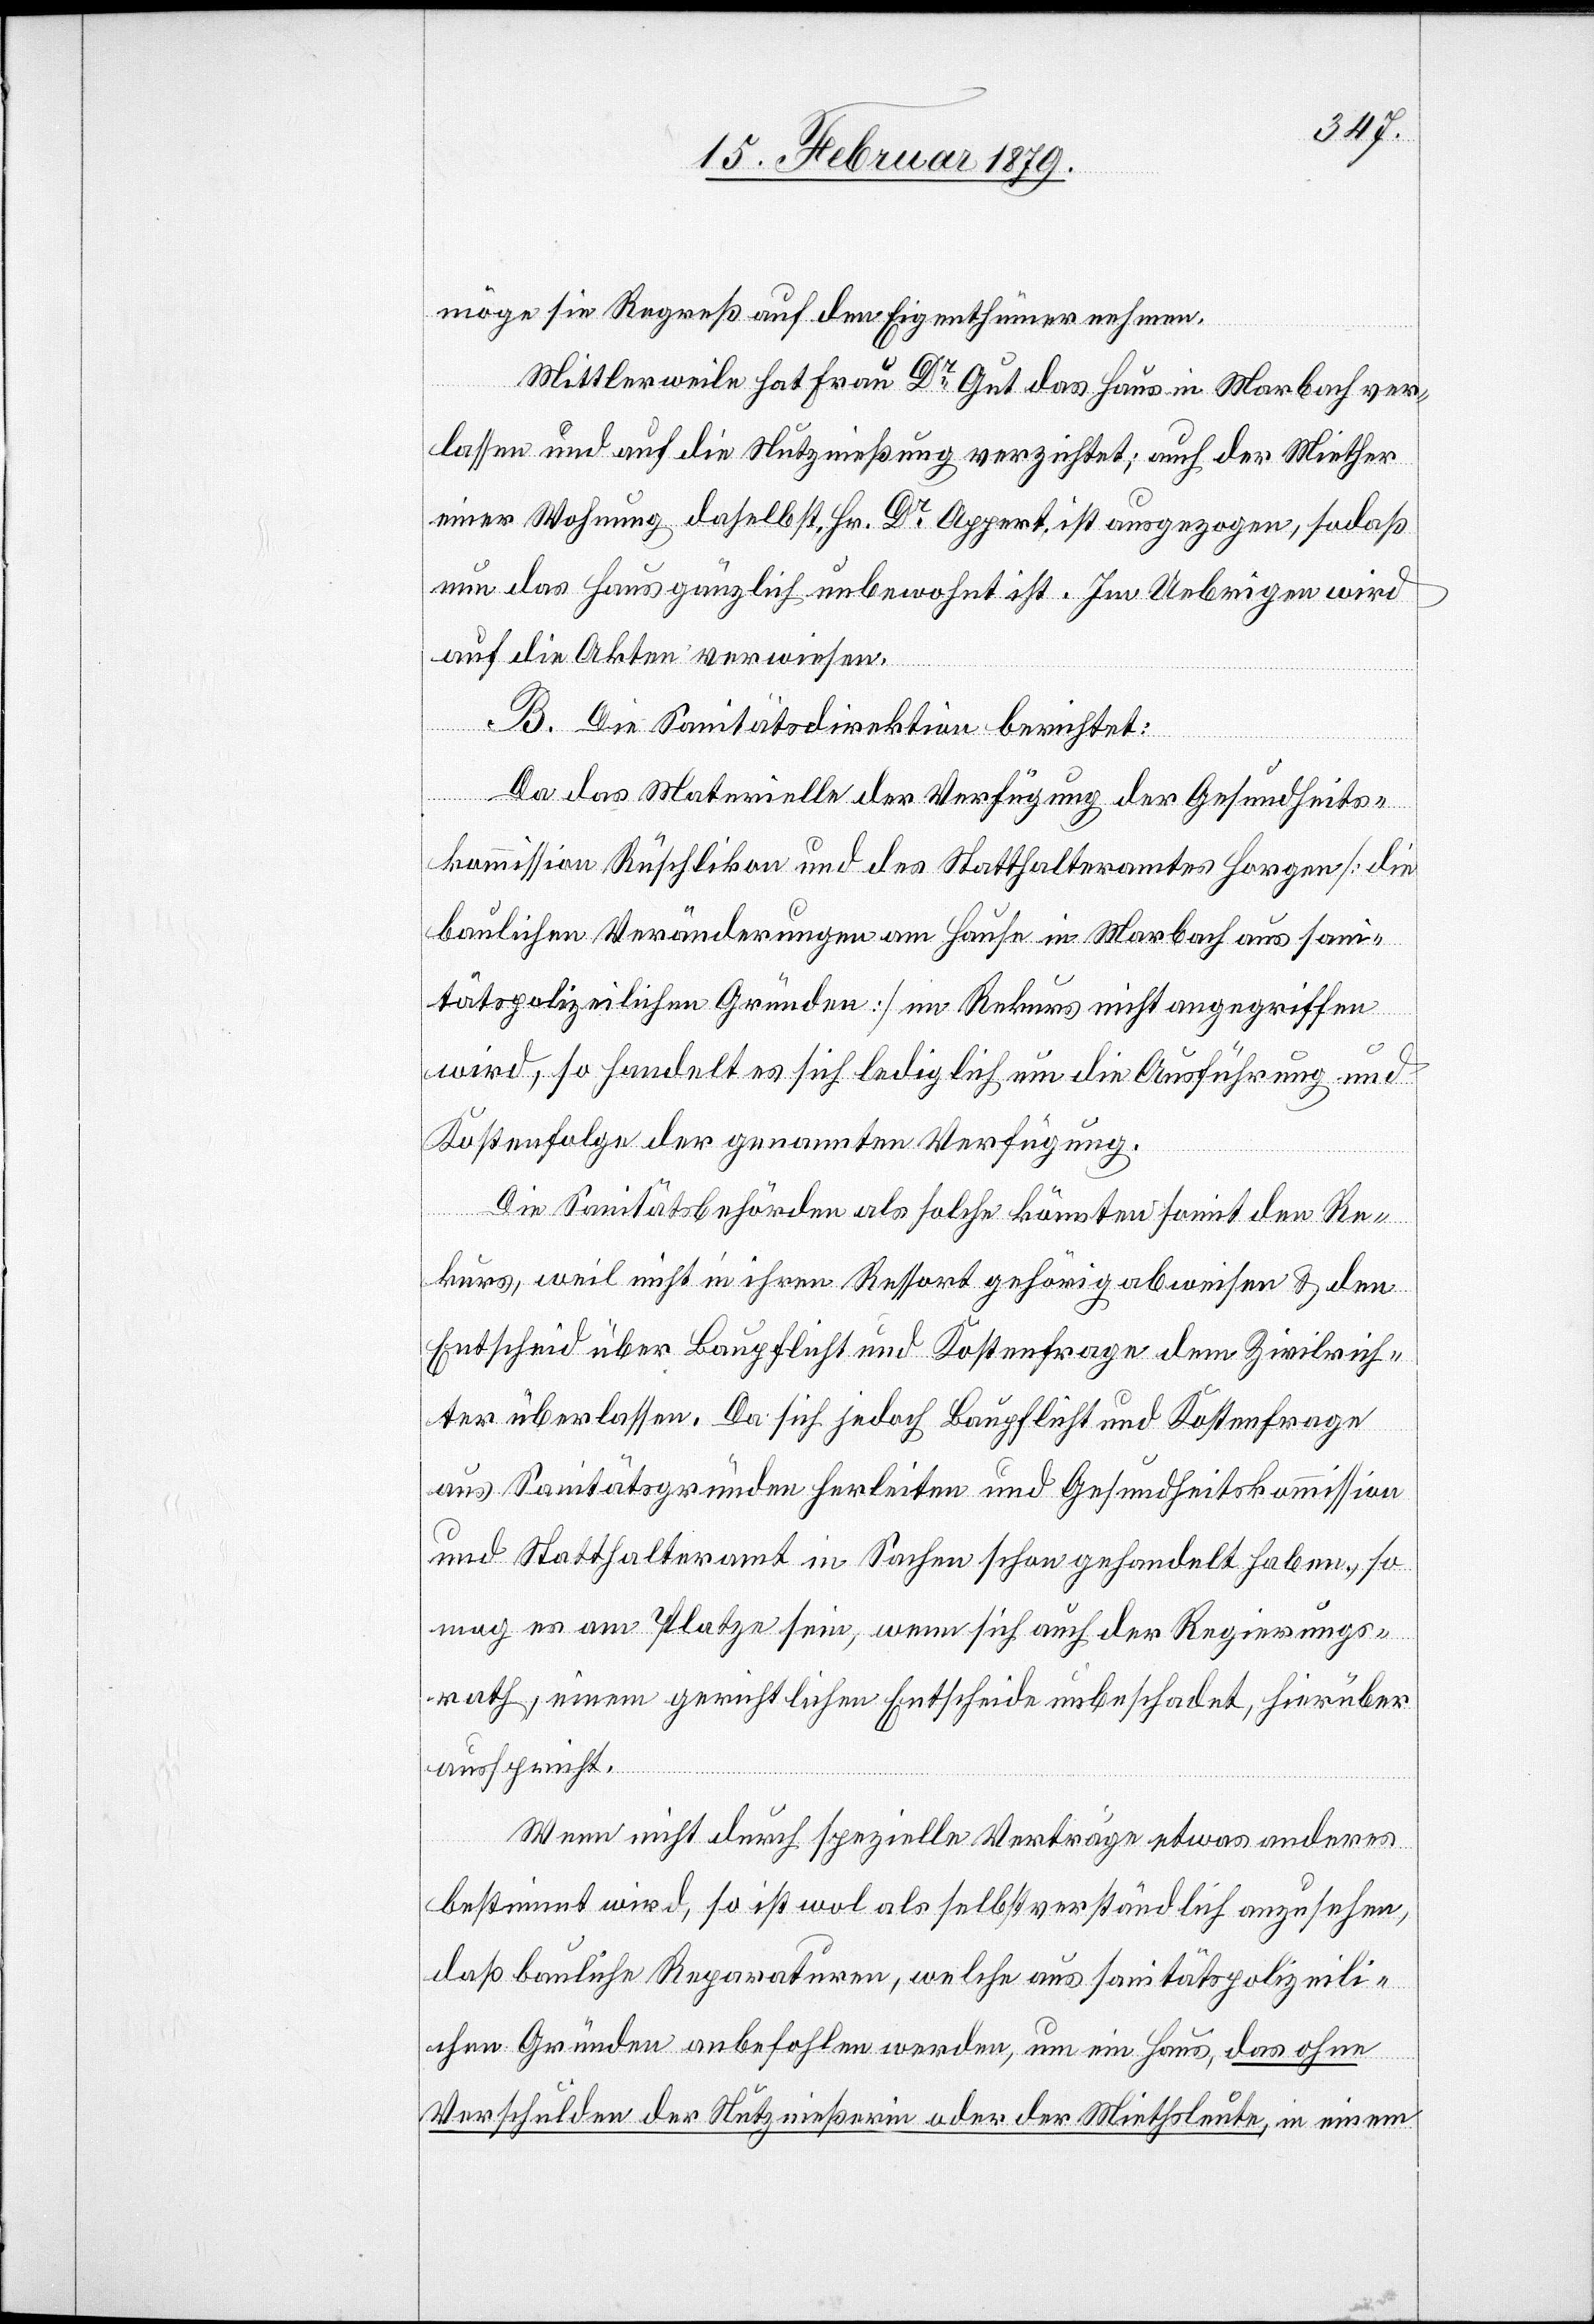
möge sie Regreß auf den Eigenthümer nehmen.
Mittlerweile hat Frau Dr Gut das Haus in Marbach ver¬
lassen und auf die Nutznießung verzichtet; auch der Miether
einer Wohnung daselbst, Herr Dr Appert, ist ausgezogen, sodaß
nun das Haus gänzlich unbewohnt ist. Im Uebrigen wird
auf die Akten verwiesen.
B. Die Sanitätsdirektion berichtet:
Da das Materielle der Verfügung der Gesundheits¬
kommission Rüschlikon und des Statthalteramtes Horgen [die
baulichen Veränderungen am Hause in Marbach aus san¬
itätspolizeilichen Gründen] im Rekurs nicht angegriffen
wird, so handelt es sich lediglich um die Ausführung und
Kostenfolge der genannten Verfügung.
Die Sanitätsbehörden als solche könnten somit den Re¬
kurs, weil nicht in ihren Ressort gehörig abweisen & den
Entscheid über Baupflicht und Kostenfrage dem Zivilrich¬
ter überlassen. Da sich jedoch Baupflicht und Kostenfrage
aus Sanitätsgründen herleiten und Gesundheitskommission
und Statthalteramt in Sachen schon gehandelt haben, so
mag es am Platze sein, wenn sich auch der Regierungs¬
rath, einem gerichtlichen Entscheide unbeschadet, hierüber
ausspricht.
Wenn nicht durch spezielle Verträge etwas anderes
bestimmt wird, so ist wol als selbstverständlich anzusehen,
daß bauliche Reparaturen, welche aus sanitätspolizeili¬
chen Gründen anbefohlen werden, um ein Haus, das ohne
Verschulden der Nutznießerin oder der Miethsleute, in einem